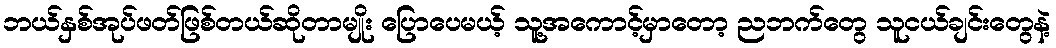
ဘယ်နှစ်အုပ်ဖတ်ဖြစ်တယ်ဆိုတာမျိုး ပြောပေမယ့် သူ့အကောင့်မှာတော့ ညဘက်တွေ သူငယ်ချင်းတွေနဲ့